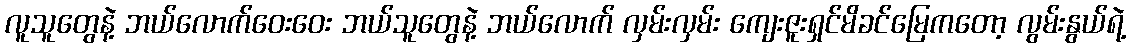
လူသူတွေနဲ့ ဘယ်လောက်ဝေးဝေး ဘယ်သူတွေနဲ့ ဘယ်လောက် လှမ်းလှမ်း ကျေးဇူးရှင်မိခင်မြေကတော့ လွမ်းနွယ်ရဲ့